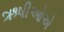
ઋષીઓએ